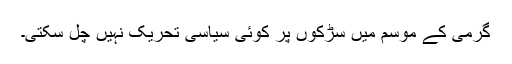
گرمی کے موسم میں سڑکوں پر کوئی سیاسی تحریک نہیں چل سکتی۔